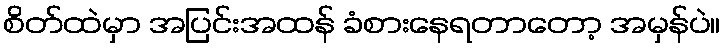
စိတ်ထဲမှာ အပြင်းအထန် ခံစားနေရတာတော့ အမှန်ပဲ။